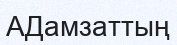
АДамзаттың